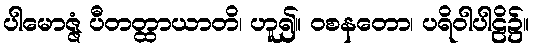
ပါမောဇ္ဇံ ပီတတ္ထာယာတိ၊ ဟူ၍။ ဝစနတော၊ ပရိဝါပါဠိ၌။